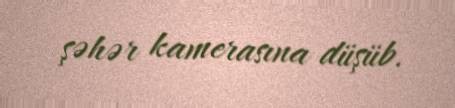
şəhər kamerasına düşüb.